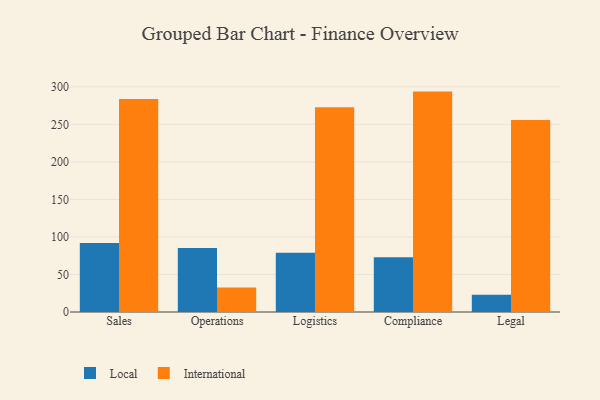
{"axis": {"x": "Department", "y": "LTV (USD)"}, "legend": ["International", "Local"], "data": [{"x": "Sales", "y": 92.1, "type": "Local"}, {"x": "Sales", "y": 283.7, "type": "International"}, {"x": "Operations", "y": 85.3, "type": "Local"}, {"x": "Operations", "y": 32.8, "type": "International"}, {"x": "Logistics", "y": 79.1, "type": "Local"}, {"x": "Logistics", "y": 272.9, "type": "International"}, {"x": "Compliance", "y": 72.9, "type": "Local"}, {"x": "Compliance", "y": 293.7, "type": "International"}, {"x": "Legal", "y": 23.0, "type": "Local"}, {"x": "Legal", "y": 255.7, "type": "International"}]}